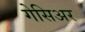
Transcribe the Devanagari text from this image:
गेसिअर